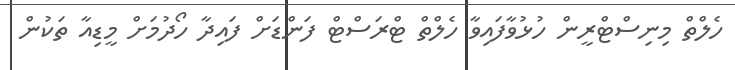
ހެލްތް މިނިސްޓްރީން ހުޅުވާފައިވާ ހެލްތް ޓްރަސްޓް ފަންޑަށް ފައިދާ ހޯދުމަށް މީޑިއާ ތަކުން